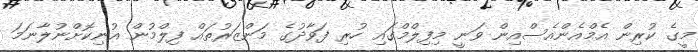
މީގެ ކުރިން އެމްއެންއެސްއިން ވަނީ މިފިލްމްގައި ހުރި ފަވާދުގެ މަންޒަރުތައް ފިލްމުން އުނިކޮށްނުލާނަމަ